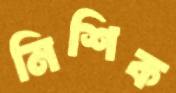
নিশিক